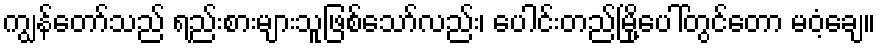
ကျွန်တော်သည် ရည်းစားများသူဖြစ်သော်လည်း၊ ပေါင်းတည်မြို့ပေါ်တွင်တော မဝံ့ချေ။